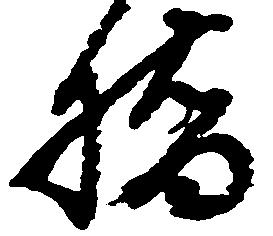
橋